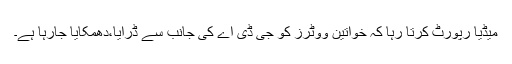
میڈیا رپورٹ کرتا رہا کہ خواتین ووٹرز کو جی ڈی اے کی جانب سے ڈرایا،دھمکایا جارہا ہے۔